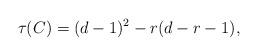
LaTeX: \begin{align*} \tau(C)=(d-1)^2-r(d-r-1),\end{align*}